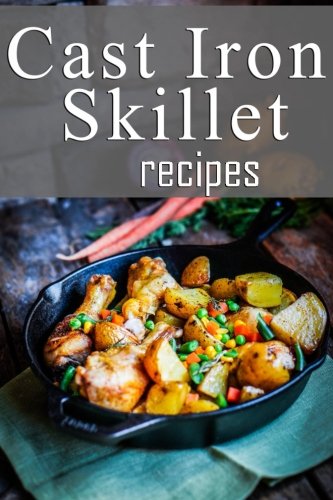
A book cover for Cast Iron Skillet Recipes; Jackie Swansen; Cookbooks, Food & Wine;